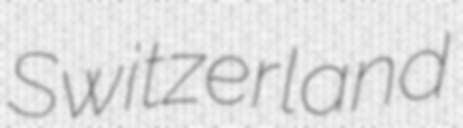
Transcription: Switzerland